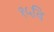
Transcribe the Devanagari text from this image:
१५वि